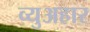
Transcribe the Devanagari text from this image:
व्युअहार